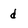
Character: d